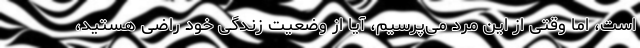
است، اما وقتی از این مرد می‌پرسیم، آیا از وضعیت زندگی خود راضی هستید،